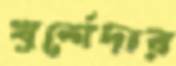
খুর্শেদার